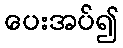
ပေးအပ်၍